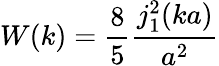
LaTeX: W(k)=\frac{8}{5}\frac{j_{1}^{2}(ka)}{a^{2}}